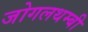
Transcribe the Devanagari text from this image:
जोगलथम्बी